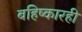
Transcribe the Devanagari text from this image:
बहिष्कारही